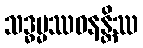
သဒ္ဓမ္မဿဝနန္တိဿ